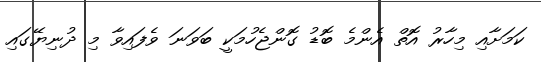
ކަމަށާއި މިހާރު އޮތް އެންމެ ބޮޑު ގޮންޖެހުމަކީ ބަވަނަ ވެފައިވާ މި ދުނިޔޭގައި